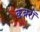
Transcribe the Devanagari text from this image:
क़बरों